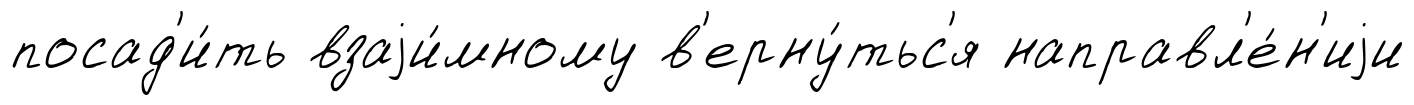
посад'и́ть взаjи́мному в'ерну́тьс'я направл'е́н'иjи